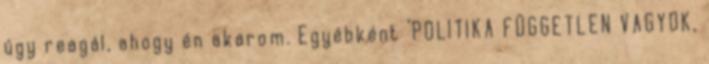
úgy reagál, ahogy én akarom. Egyébként ‘POLITIKA FÜGGETLEN VAGYOK,